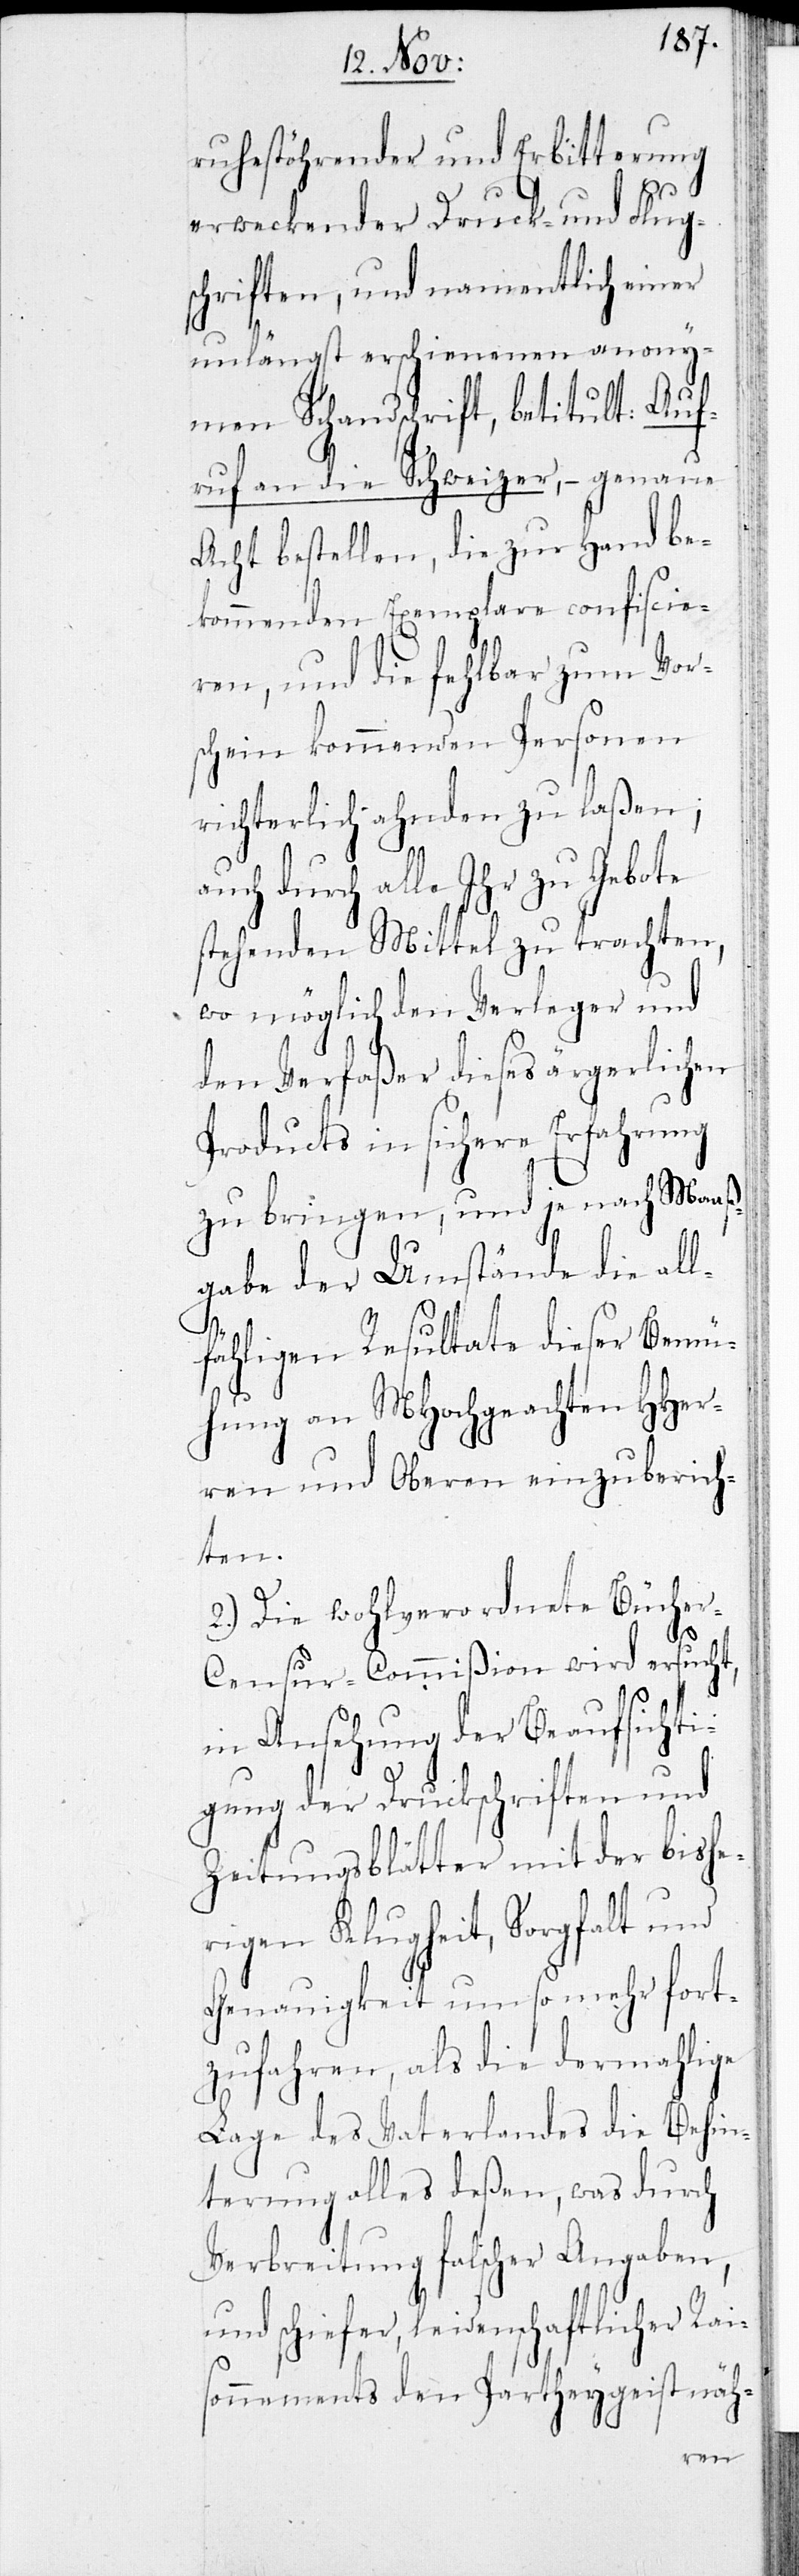
ruhestöhrender und Erbitterung
erweckender Druck- und Flug¬
schriften, und namentlich einer
unlängst erschienenen anony¬
men Schandschrift, betitult: Auf¬
ruf an die Schweizer – genaue
Acht bestellen, die zur Hand be¬
kommenden Exemplare confiscie¬
ren, und die fehlbar zum Vor¬
schein kommenden Personen
richterlich ahnden zu laßen;
durch alle Ihr zu Gebote
stehenden Mittel zu trachten,
wo möglich den Verleger und
den Verfaßer dieses ärgerlichen
Products in sichere Erfahrung
zu bringen, und je nach Maß¬
gabe der Umstände, die all¬
fähligen Resultate dieser Bemü¬
hung an MHochgeachten HHer¬
ren und Oberen einzuberich¬
ten.
2.) Die wohlverordnete Büche¬
r-Censur-Commißion wird ersucht,
in Ansehung der Beaufsichti¬
gung der Druckschriften und
Zeitungsblätter mit der bishe¬
rigen Klugheit, Sorgfalt und
Genauigkeit um so mehr fort¬
zufahren, als die dermahlige
Lage des Vaterlandes die Behin¬
terung alles deßen, was durch
Verbreitung falscher Angaben
und schiefer, leidenschaftlicher Rai¬
sonnements den Partheygeist näh-